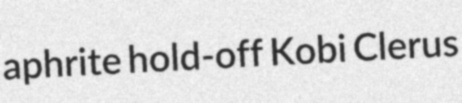
aphrite hold-off Kobi Clerus